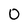
Character: O